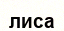
лиса